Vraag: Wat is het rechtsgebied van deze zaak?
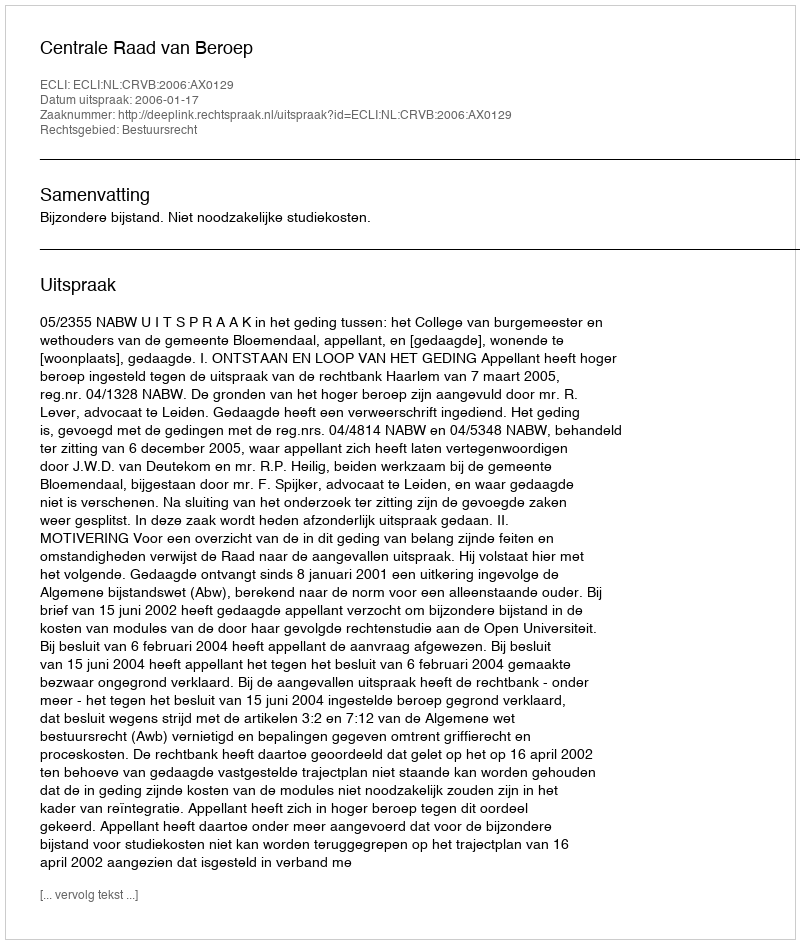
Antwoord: Bestuursrecht